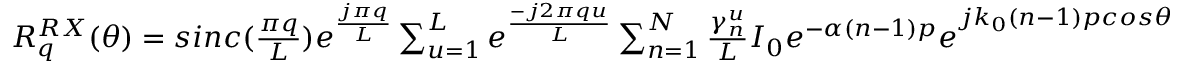
\begin{array} { r l } & { R _ { q } ^ { R X } ( \theta ) = s i n c ( \frac { \pi q } { L } ) e ^ { \frac { j \pi q } { L } } \sum _ { u = 1 } ^ { L } { e ^ { \frac { - j 2 \pi q u } { L } } \sum _ { n = 1 } ^ { N } \frac { \gamma _ { n } ^ { u } } { L } } { I _ { 0 } e ^ { - \alpha ( n - 1 ) p } e } ^ { j k _ { 0 } ( n - 1 ) p c o s \theta } } \end{array}